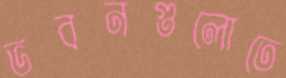
ভবনগুলোতে